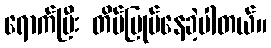
ရောက်ပြီး တိမ်မြုပ်နေခဲ့ပါတယ်။